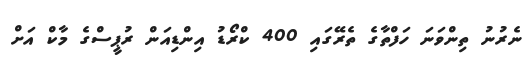
ނެރުނު ތިންވަނަ ހަފްތާގެ ތެރޭގައި 400 ކްރޯޑު އިންޑިއަން ރުޕީސްގެ މާކް އަށް